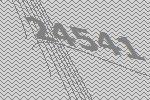
24541